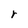
Character: r